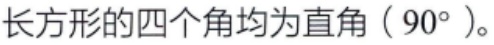
长方形的四个角均为直角（\(90^{\circ}\)）。